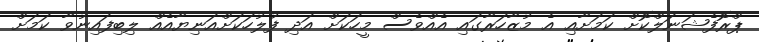
ޕްރޮފެޝަނަލްކޮށް ކަމަށާއި އެ މުޒާހަރާގައި އެއްވެސް މީހަކަށް އަދި ފުލުހަކަށްއަނިޔާއެއް ލިބިފައިނުވާ ކަމަށް